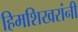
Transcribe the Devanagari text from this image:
हिमशिखरांनी